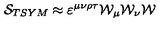
{ \cal S } _ { T S Y M } \approx \varepsilon ^ { \mu \nu \rho \tau } { \cal W } _ { \mu } { \cal W } _ { \nu } { \cal W }